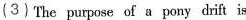
(3)The purpose of a pony drift is